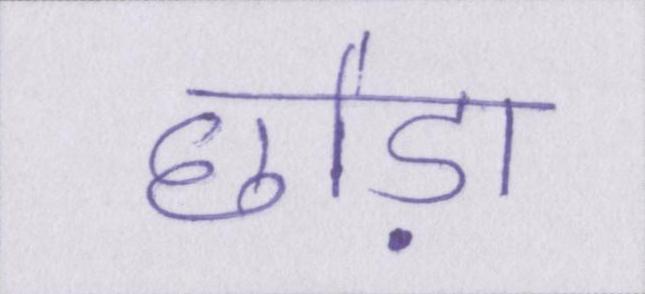
छोड़ा